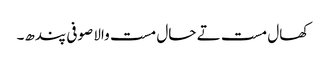
کھال مست تے حال مست والا صوفی پندھ۔